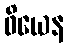
ဖိယေန